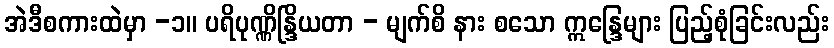
အဲဒီစကားထဲမှာ -၁။ ပရိပုဏ္ဏိန္ဒြိယတာ - မျက်စိ နား စသော ဣန္ဒြေများ ပြည့်စုံခြင်းလည်း